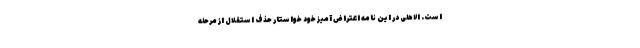
است. الاهلی در این نامه اعتراض آمیز خود خواستار حذف استقلال از مرحله